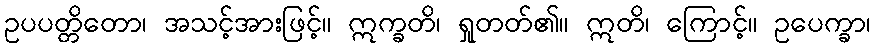
ဥပပတ္တိတော၊ အသင့်အားဖြင့်။ ဣက္ခတိ၊ ရှုတတ်၏။ ဣတိ၊ ကြောင့်။ ဥပေက္ခာ၊